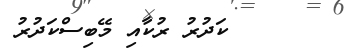
ކަދުރު ރުކާއި މޭބިސްކަދުރު